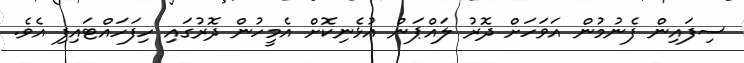
ސިފައިން ފެނުމުން އަވަހަށް ދޮރު ލައްޕަން އުޅެނިކޮށް އެމީހުން ދޮރުގައި ހިފަހައްޓައިފި އެވެ.